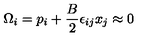
\Omega _ { i } = p _ { i } + \frac { B } { 2 } \epsilon _ { i j } x _ { j } \approx 0